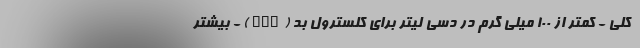
کلی - کمتر از 100 میلی گرم در دسی لیتر برای کلسترول بد (LDL) - بیشتر